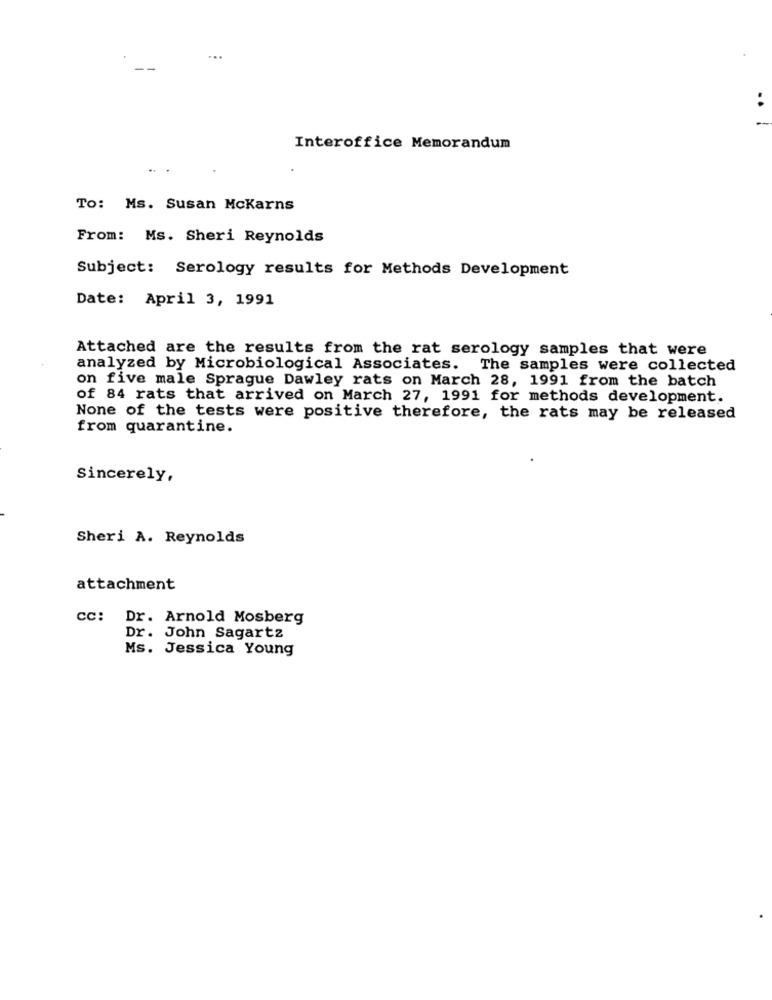
...
Interoffice Memorandum
..
To: Ms. Susan McKarns
From: Ms. Sheri Reynolds
Subject: Serology results for Methods Development
Date: April 3, 1991
Attached are the results from the rat serology samples that were
analyzed by Microbiological Associates. The samples were collected
on five male Sprague Dawley rats on March 28, 1991 from the batch
of 84 rats that arrived on March 27, 1991 for methods development.
None of the tests were positive therefore, the rats may be released
from quarantine.
Sincerely,
Sheri A. Reynolds
attachment
cc: Dr. Arnold Mosberg
Dr. John Sagartz
Ms. Jessica Young